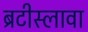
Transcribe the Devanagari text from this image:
ब्रटीस्लावा